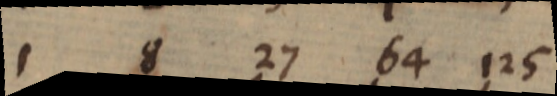
1 8 27 64 125